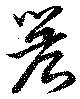
簷